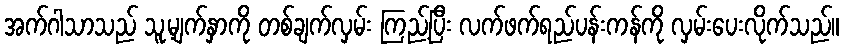
အက်ဂါသာသည် သူ့မျက်နှာကို တစ်ချက်လှမ်း ကြည့်ပြီး လက်ဖက်ရည်ပန်းကန်ကို လှမ်းပေးလိုက်သည်။